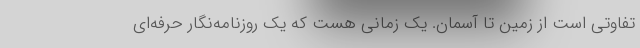
تفاوتی است از زمین تا آسمان. یک زمانی هست که یک روزنامه‌نگار حرفه‌ای